Indian Medical Review
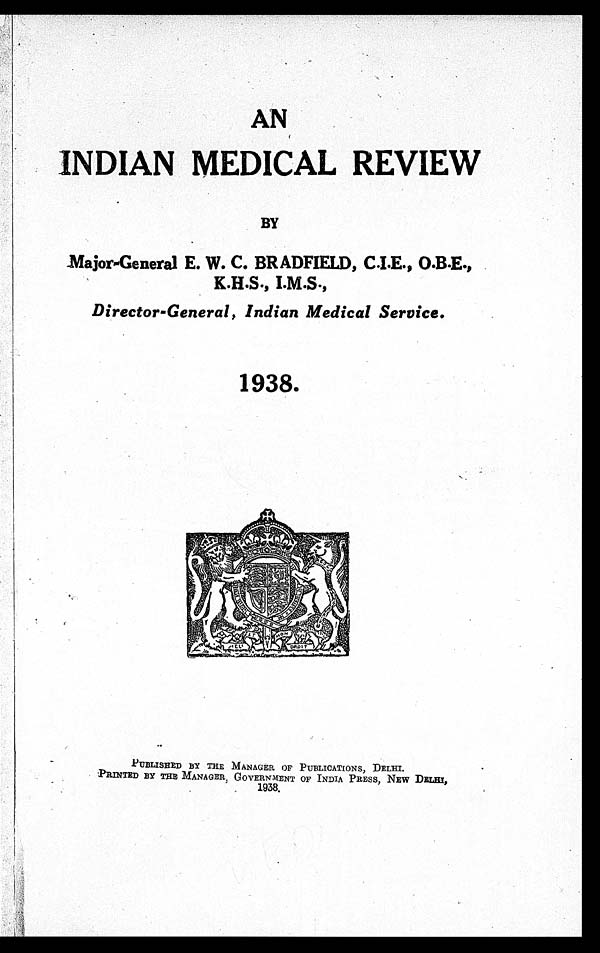
AN
INDIAN MEDICAL REVIEW
BY
M a j o r - G e n e r a l E . W . C . B R A D F I E L D , C . I . E . , O . B . E . ,
K.H.S., I.M.S.,
Director-General, Indian Medical Service.
1938.
PUBLISHED BY THE MANAGER OF PUBLICATIONS, DELHI.
PRINTED BY THE MANAGER, GOVERNMENT OF INDIA PRESS, NEW DELHI,
1938.